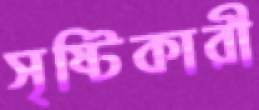
সৃষ্টিকারী